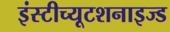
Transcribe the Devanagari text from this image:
इंस्टीच्यूटशनाइज्ड